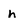
Character: h